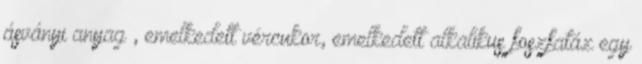
ásványi anyag , emelkedett vércukor, emelkedett alkalikus foszfatáz egy